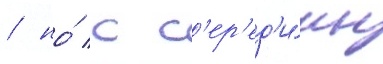
/ но́ с с'ер'ед'и́ны